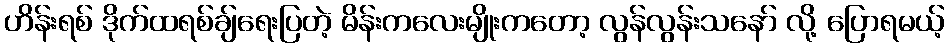
ဟိန်းရစ် ဒိုက်ထရစ်ချ်ရေးပြတဲ့ မိန်းကလေးမျိုးကတော့ လွန်လွန်းသနော် လို့ ပြောရမယ့်